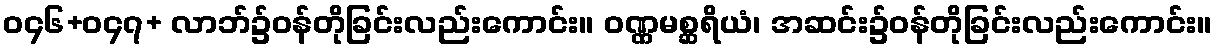
ဝ၄၆+ဝ၄၇+ လာဘ်၌ဝန်တိုခြင်းလည်းကောင်း။ ဝဏ္ဏမစ္ဆရိယံ၊ အဆင်း၌ဝန်တိုခြင်းလည်းကောင်း။